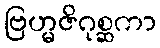
ဗြဟ္မဇိဂုစ္ဆကာ